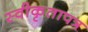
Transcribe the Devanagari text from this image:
स्वीकृतापत्र